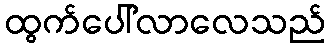
ထွက်ပေါ်လာလေသည်